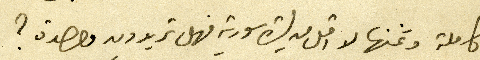
كاملة وثمنها لا اقل من ليرة سورية فهل تريدون واحدة؟